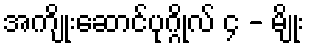
အကျိုးဆောင်ပုဂ္ဂိုလ် ၄ - မျိုး